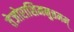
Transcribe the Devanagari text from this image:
तेजोराशिमनुत्तमम्